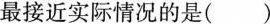
最接近实际情况的是()